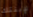
لإبنتك